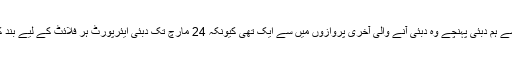
جس پرواز سے ہم دبئی پہنچے وہ دبئی آنے والی آخری پروازوں میں سے ایک تھی کیونکہ 24 مارچ تک دبئی ایئرپورٹ ہر فلائٹ کے لیے بند کردیا گیا تھا۔